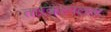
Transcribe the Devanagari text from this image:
तारकल्पलता